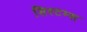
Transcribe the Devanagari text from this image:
सिस्टम्स